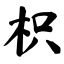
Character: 枳